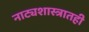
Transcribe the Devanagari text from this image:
नाट्यशास्त्रातही